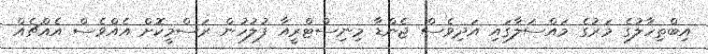
އިބްތިހާލުގެ މަރުގެ މައްސަލާގައި އަދިވެސް ޖެންޑާ މިނިސްޓްރީއާ ފުލުހުން ރަސްމީކޮށް އެއްވެސް އެއްޗެއް